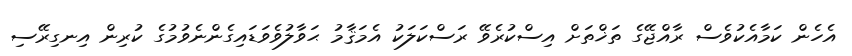
އެހެން ކަމާއެކުވެސް ރާއްޖޭގެ ތަޚްތަށް އިސްކުރެވޭ ރަސްކަލަކު އެމަޤާމު ޙަވާލުވެވަޑައިގެންނެވުމުގެ ކުރިން އިނގިރޭސި